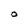
Character: O